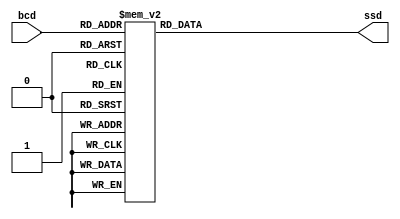
`timescale 1ns / 1ps
//////////////////////////////////////////////////////////////////////////////////
// Company: 
// Engineer: 
// 
// Design Name: 
// Module Name: sevenSegmentDecoder
// Project Name: 
// Target Devices: 
// Tool Versions: 
// Description: 
// 
// Dependencies: 
// 
// Revision:
// Revision 0.01 - File Created
// Additional Comments:
// 
//////////////////////////////////////////////////////////////////////////////////


module sevenSegmentDecoder(
    input [4:0] bcd, // 2 dit-dahs and 26 alphabets
    output reg [7:0] ssd // 7 segments and 1 dp - 8'b(dp)ABCDEFG
    );
    
    always @(*) begin
        case (bcd)
            5'd0 : ssd = 8'b11111111; // blank 
            5'd1 : ssd = 8'b01111111; // dot
            5'd2 : ssd = 8'b11111110; // dash
            5'd3 : ssd = 8'b10001000; // A
            5'd4 : ssd = 8'b11100000; // b
            5'd5 : ssd = 8'b10110001; // C
            5'd6 : ssd = 8'b11000010; // d
            5'd7 : ssd = 8'b10110000; // E
            5'd8 : ssd = 8'b10111000; // F
            5'd9 : ssd = 8'b10100001; // G
            5'd10 : ssd = 8'b11101000; // h
            5'd11 : ssd = 8'b10111001; // I
            5'd12 : ssd = 8'b11000011; // J
            5'd13 : ssd = 8'b10101000; // k
            5'd14 : ssd = 8'b11110001; // L
            5'd15 : ssd = 8'b10101010; // M
            5'd16 : ssd = 8'b11101010; // n
            5'd17 : ssd = 8'b11100010; // o
            5'd18 : ssd = 8'b10011000; // P
            5'd19 : ssd = 8'b10001100; // q
            5'd20 : ssd = 8'b11111010; // r
            5'd21 : ssd = 8'b10100101; // S
            5'd22 : ssd = 8'b11110000; // t
            5'd23 : ssd = 8'b11100011; // u
            5'd24 : ssd = 8'b11010101; // V
            5'd25 : ssd = 8'b11010100; // W
            5'd26 : ssd = 8'b11101011; // X
            5'd27 : ssd = 8'b11000100; // y
            5'd28 : ssd = 8'b10010011; // Z
            default : ssd = 8'b11111111; // no light
        endcase
    end
endmodule